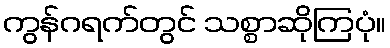
ကွန်ဂရက်တွင် သစ္စာဆိုကြပုံ။